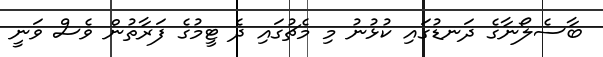
ބާސެލޯނާގެ ދަނޑުގައި ކުޅުނު މި މެޗުގައި ދެ ޓީމުގެ ފަރާތުން ވެސް ވަނީ